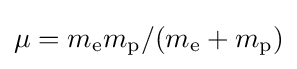
{\textstyle \mu =m_{\text{e}}m_{\text{p}}/(m_{\text{e}}+m_{\text{p}})}